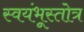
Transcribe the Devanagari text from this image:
स्वयंभूस्तोत्र